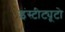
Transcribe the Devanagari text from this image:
इंस्टीट्यूटो